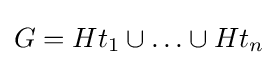
G=Ht_{1}\cup \ldots \cup Ht_{n}